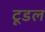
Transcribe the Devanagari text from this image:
टूडल